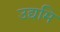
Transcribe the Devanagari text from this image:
उद्यमि